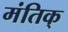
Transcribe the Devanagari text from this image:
मंतिक्‌